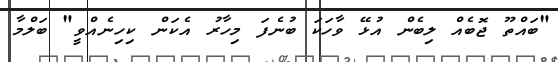
"ބައްތޫ ޖޮބެއް ލިބެން އުޅޭ ވާހަކަ ބުނެފަ މިހާރު އެކަން ކިހިނެއްވީ" ބަލްމާ